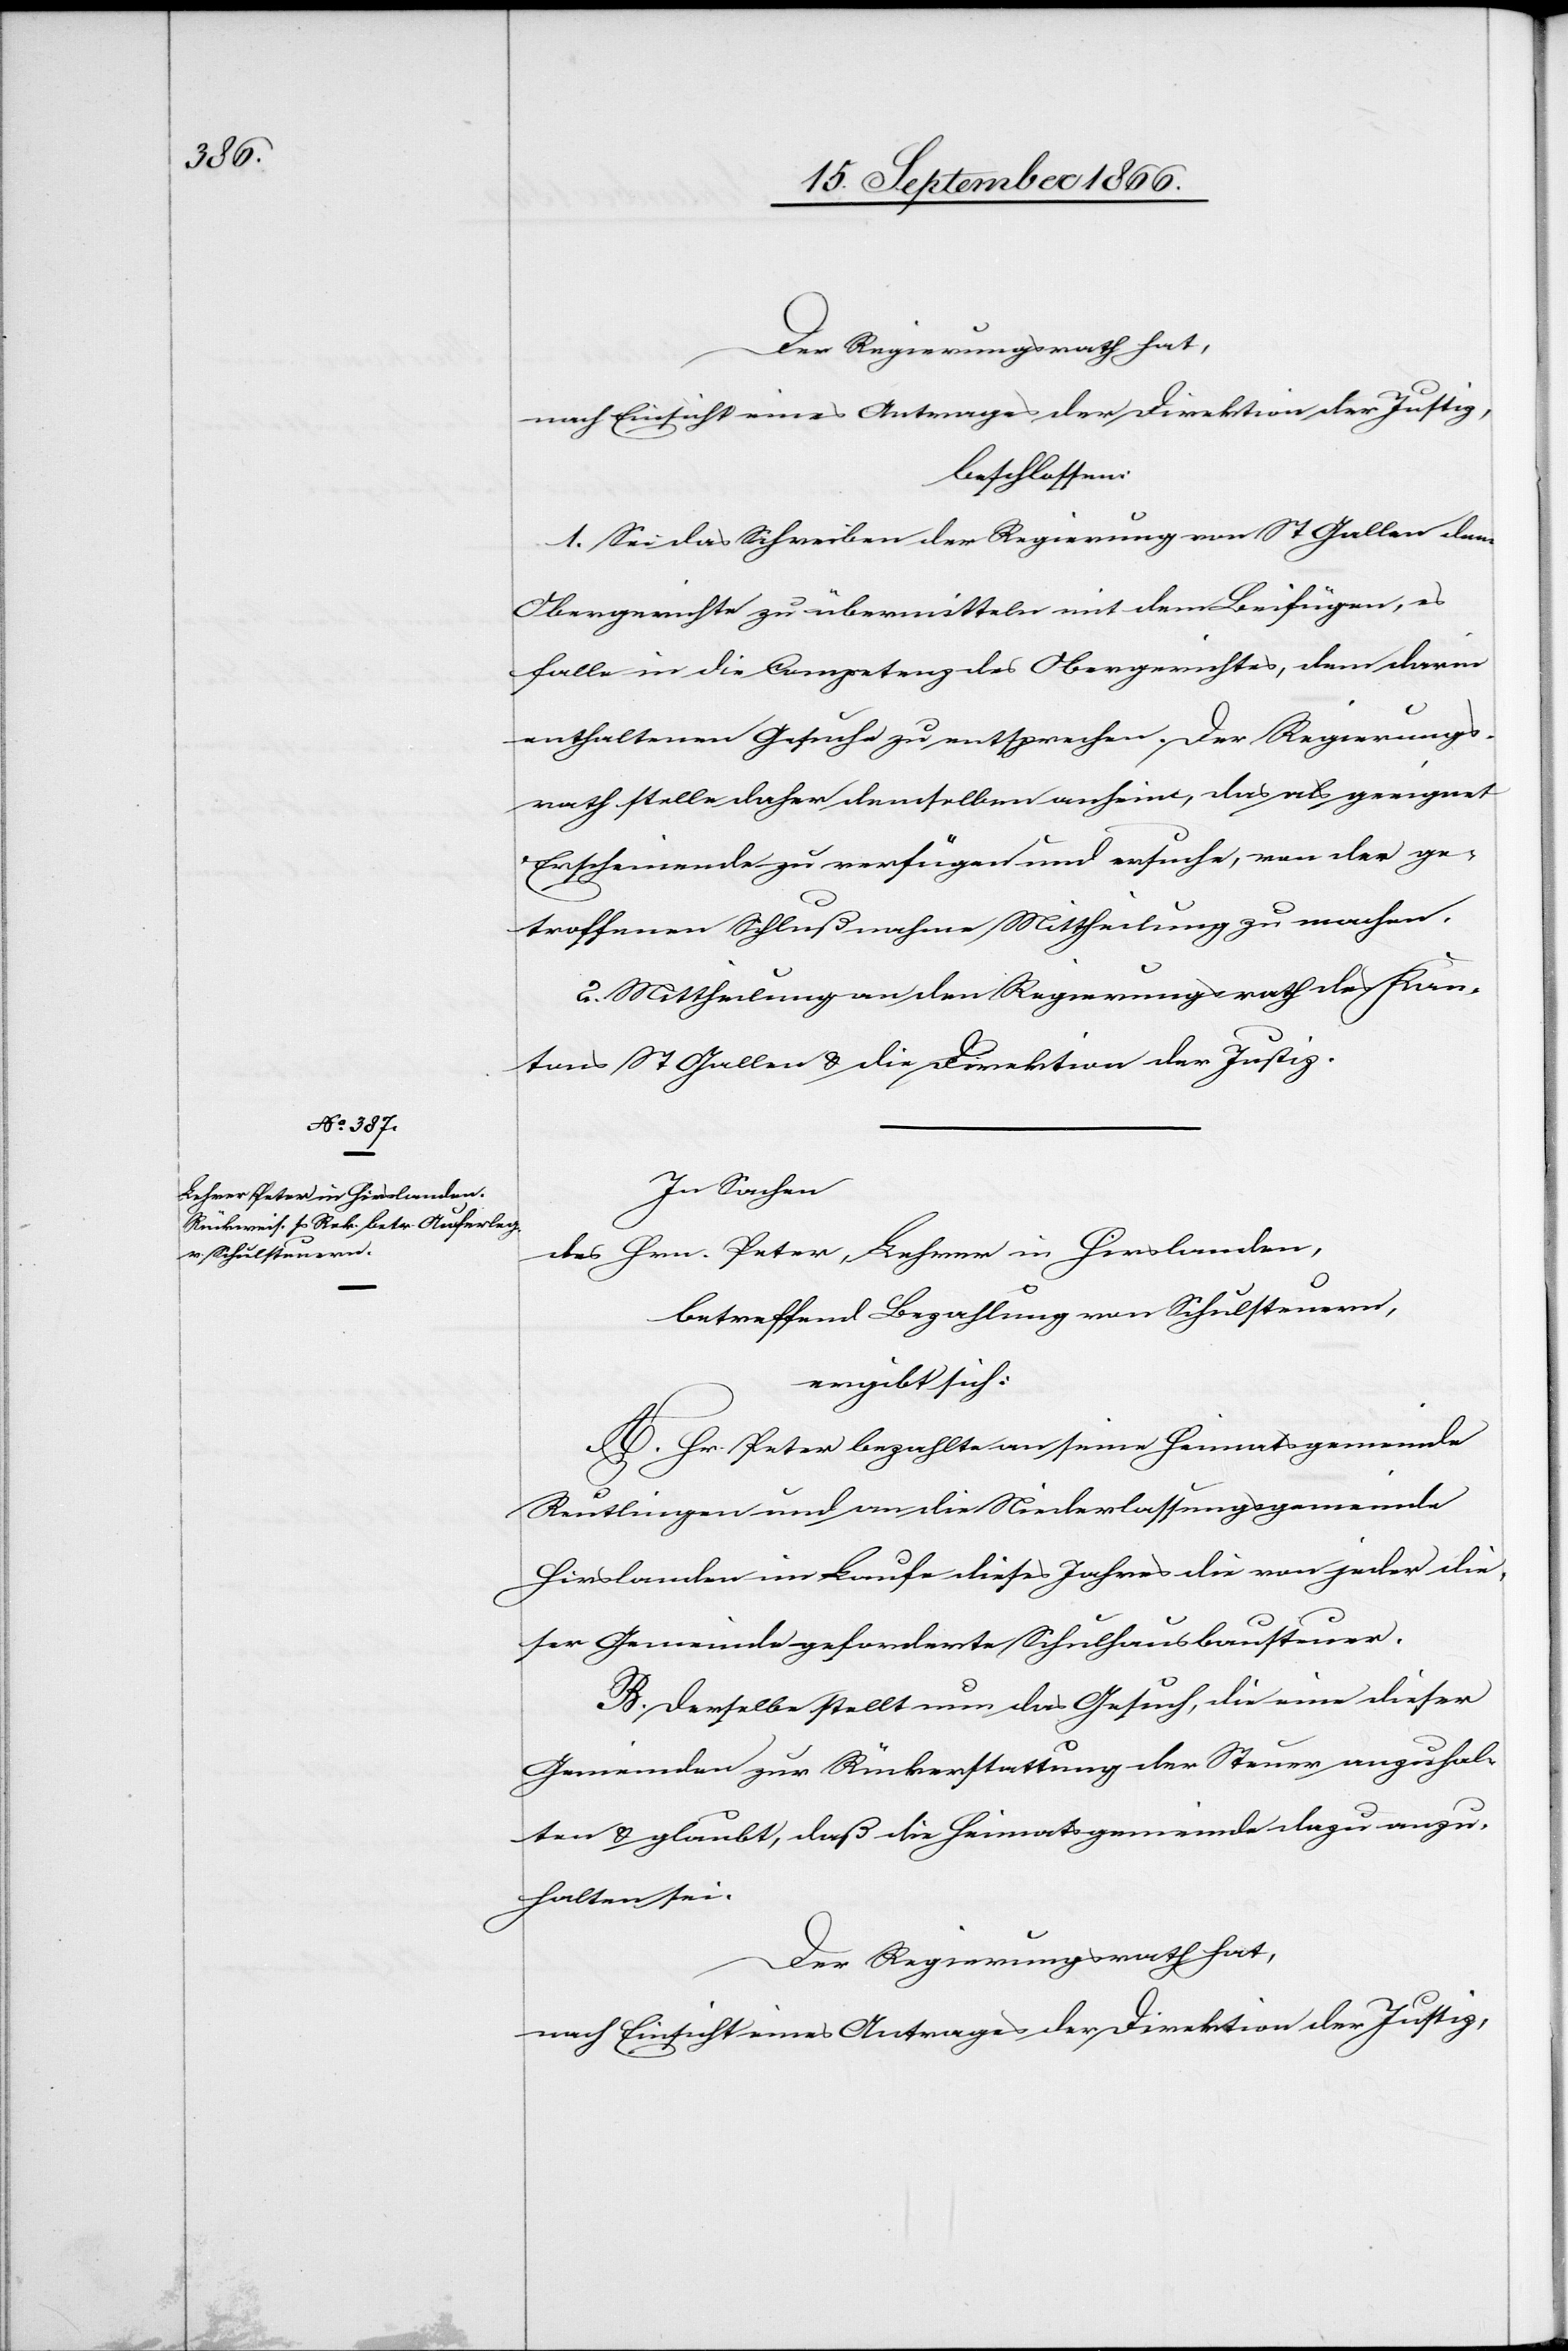
beschlossen:
1. Sei das Schreiben der Regierung von St. Gallen dem
Obergerichte zu übermitteln mit dem Beifügen, es
falle in die Competenz des Obergerichtes, dem darin
enthaltenen Gesuche zu entsprechen. Der Regierungs¬
rath stelle daher demselben anheim, das als geeignet
Erscheinende zu verfügen und ersuche, von der ge¬
troffenen Schlußnahme Mittheilung zu machen.
2. Mittheilung an den Regierungsrath des Kan¬
tons St. Gallen u. die Direktion der Justiz.
In Sachen
Hrn. Peter, Lehrer in Hirslanden,
des
betreffend Bezahlung von Schulsteuern,
ergibt sich:
A. Hr. Peter bezahlte an seine Heimatsgemeinde
Reutlingen und an die Niederlassungsgemeinde
Hirslanden im Laufe dieses Jahres die von jeder die¬
ser Gemeinde geforderte Schulhausbausteuer.
B. Derselbe stellt nun das Gesuch, die eine dieser
Gemeinden zur Rückerstattung der Steuer anzuhal¬
ten u. glaubt, daß die Heimatsgemeinde dazu anzu¬
halten sei.
Der Regierungsrath hat,
nach Einsicht eines Antrages der Direktion der Justiz,